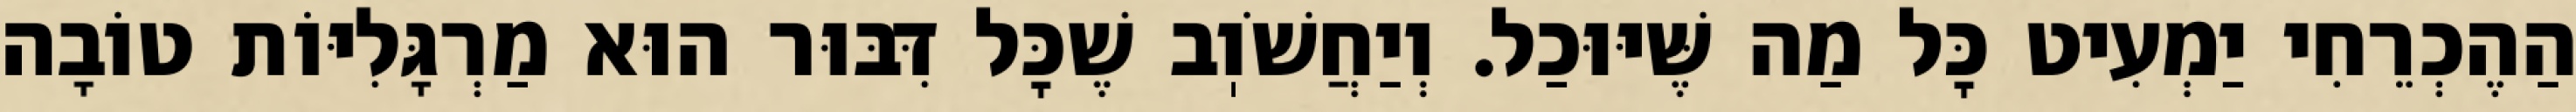
הַהֶכְרֵחִי יַמְעִיט כׇּל מַה שֶּׁיּוּכַל. וְיַחֲשֹׁוֽב שֶׁכׇּל דִּבּוּר הוּא מַרְגָּלִיּוֹת טוֹבָה